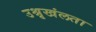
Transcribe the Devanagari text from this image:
उश्रृखंलता